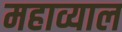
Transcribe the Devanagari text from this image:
महाव्याल